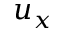
u _ { x }